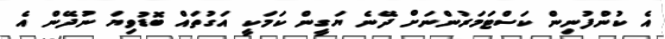
އެ ކުންފުނިން ކަސްޓަމަރުންނަށް ދޭނެ ޔަގީން ކަމަކީ އަގުތައް ބޮޑުވިޔަ ނުދޭން އެ